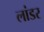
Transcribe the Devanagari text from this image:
लांडर